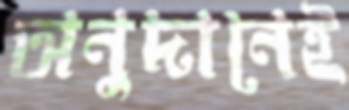
অনুদানেই